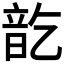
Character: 𮸱